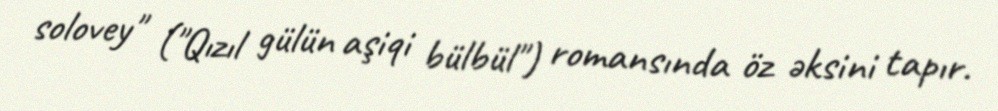
solovey" ("Qızıl gülün aşiqi bülbül") romansında öz əksini tapır.